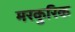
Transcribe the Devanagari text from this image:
मरकुरिक